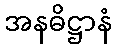
အနဓိဋ္ဌာနံ